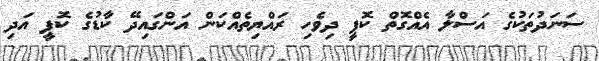
ސަނަދުތަކުގެ އަސްލާ އެއްގޮތް ކޮޕީ ދިވެހި ރައްޔިތެއްކަން އަންގައިދޭ ކާޑުގެ ކޮޕީ އަދި